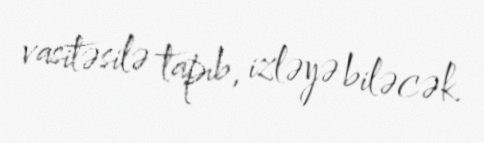
vasitəsilə tapıb, izləyə biləcək.